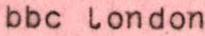
bbc london